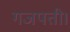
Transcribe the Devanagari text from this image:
गजपती।